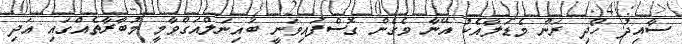
ސާއިދު ހޯދި ރަން މެޑަލާއެކު އޭނާ ވެގެން ގޮސްފައިވަނީ ބައިނަލްއަގްވާމީ މުބާރާތެއްގައި އަދި